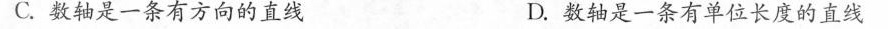
C.数轴是一条有方向的直线 D.数轴是一条有单位长度的直线